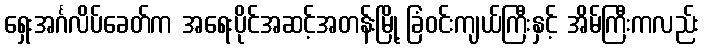
ရှေးအင်္ဂလိပ်ခေတ်က အရေးပိုင်အဆင့်အတန်းမြို့ ခြံဝင်းကျယ်ကြီးနှင့် အိမ်ကြီးကလည်း